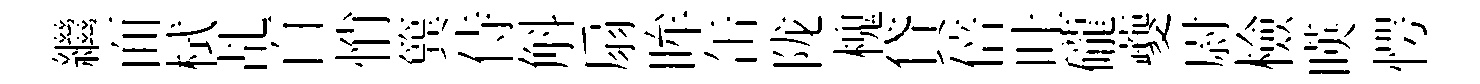
繼面栻乩百悄簨侍斛扇眸缶陇槐貸倍吐礲夔尉檢暎愕